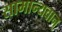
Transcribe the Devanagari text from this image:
सामान्यवान्